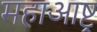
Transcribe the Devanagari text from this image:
महाआष्ट्र